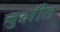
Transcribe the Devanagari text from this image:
चुलीत